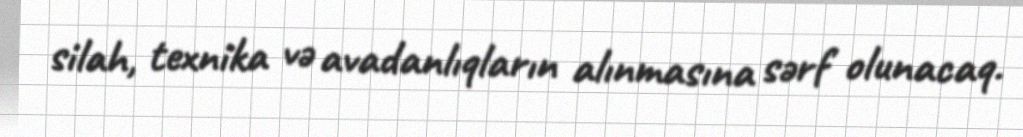
silah, texnika və avadanlıqların alınmasına sərf olunacaq.